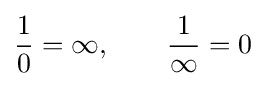
{\frac {1}{0}}=\infty ,\qquad {\frac {1}{\infty }}=0